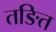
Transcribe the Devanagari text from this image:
तङित